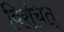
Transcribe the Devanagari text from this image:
विरचित्